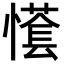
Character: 𢢮